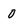
Character: 0